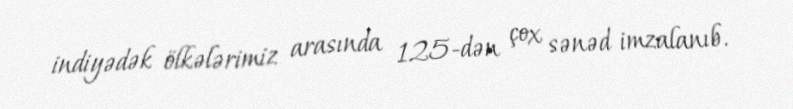
indiyədək ölkələrimiz arasında 125-dən çox sənəd imzalanıb.